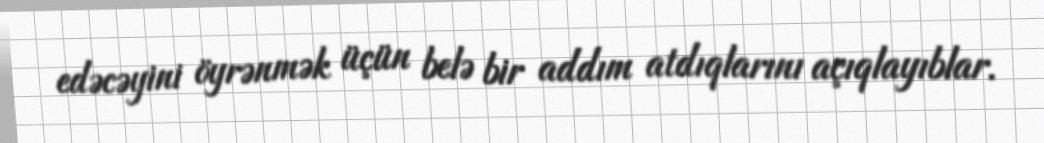
edəcəyini öyrənmək üçün belə bir addım atdıqlarını açıqlayıblar.